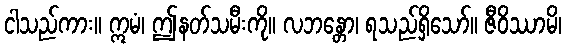
ငါသည်ကား။ ဣမံ၊ ဤနတ်သမီးကို။ လဘန္တော၊ ရသည်ရှိသော်။ ဇီဝိဿာမိ၊